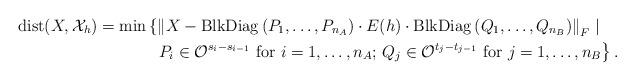
LaTeX: \begin{align*}{\rm dist}(X,\mathcal{X}_h) &= \min\left\{ \left\| X - {\rm BlkDiag}\left( P_1,\ldots,P_{n_A} \right) \cdot E(h) \cdot {\rm BlkDiag}\left( Q_1,\ldots,Q_{n_B} \right) \right\|_F \mid \right. \\&\qquad\quad\,\,\, \left. P_i \in \mathcal{O}^{s_i-s_{i-1}} \mbox{ for } i=1,\ldots,n_A; \, Q_j \in \mathcal{O}^{t_j-t_{j-1}} \mbox{ for } j=1,\ldots,n_B \right\}. \end{align*}